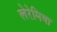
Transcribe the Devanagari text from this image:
लेरेमिया